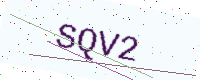
Text: SQV2